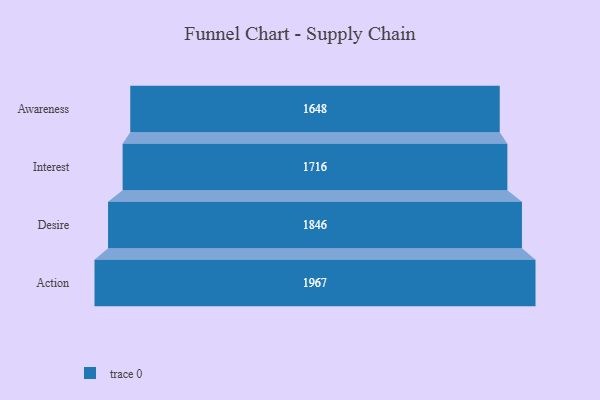
{"axis": {"x": "Stage", "y": "Value"}, "legend": [""], "data": [{"x": "Awareness", "y": 1648.0, "type": ""}, {"x": "Interest", "y": 1716.0, "type": ""}, {"x": "Desire", "y": 1846.0, "type": ""}, {"x": "Action", "y": 1967.0, "type": ""}]}